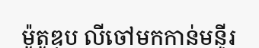
ម៉ូតូឌុប លីចៅមកកាន់មន្ទីរ